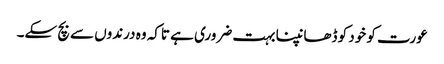
عورت کو خود کو ڈھانپنا بہت ضروری ہے تاکہ وہ درندوں سے بچ سکے۔